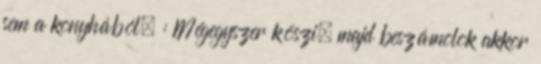
sem a konyhából. : Mégegyszer köszi, majd beszámolok akkor